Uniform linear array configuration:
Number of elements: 8
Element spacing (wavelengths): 0.75
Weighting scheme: kaiser
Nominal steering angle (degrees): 15
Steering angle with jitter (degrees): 16.366
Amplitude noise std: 0.05
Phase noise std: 0.05

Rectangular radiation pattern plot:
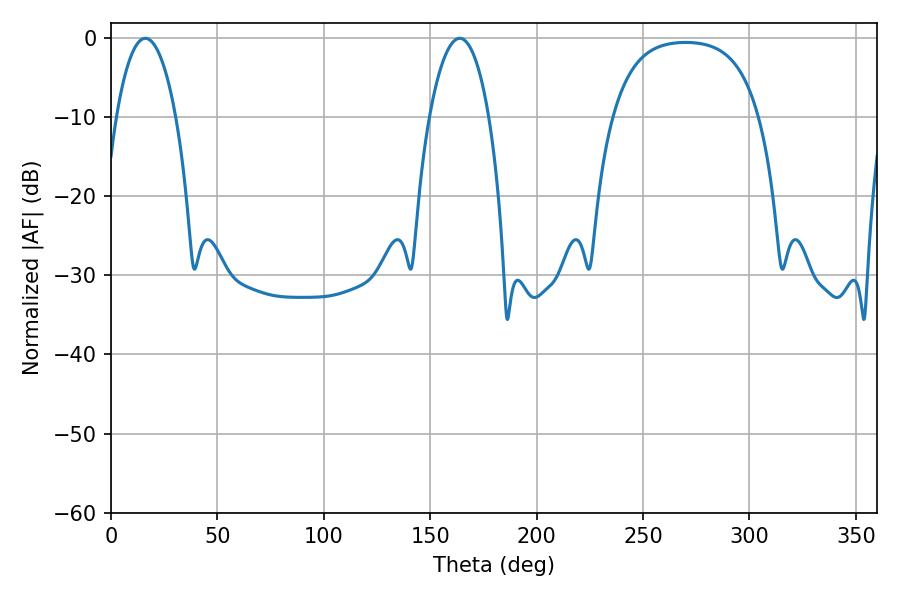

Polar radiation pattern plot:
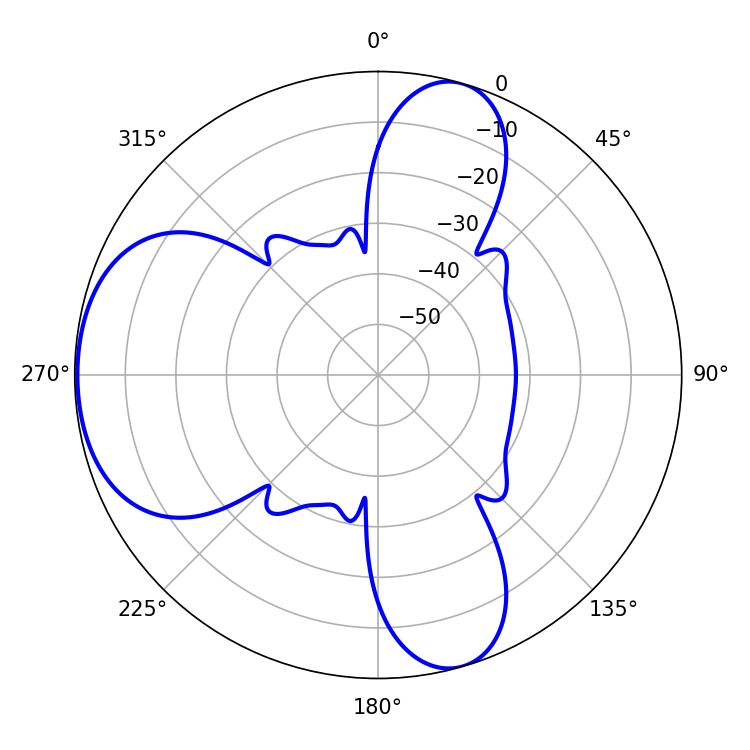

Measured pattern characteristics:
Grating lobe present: TRUE
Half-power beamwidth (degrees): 15.66
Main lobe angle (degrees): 16.2